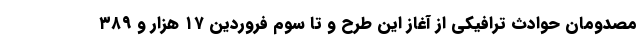
مصدومان حوادث ترافیکی از آغاز این طرح و تا سوم فروردین ۱۷ هزار و ۳۸۹